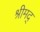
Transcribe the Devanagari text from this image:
श्रीमद्‌